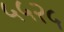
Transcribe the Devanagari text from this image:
५५२५